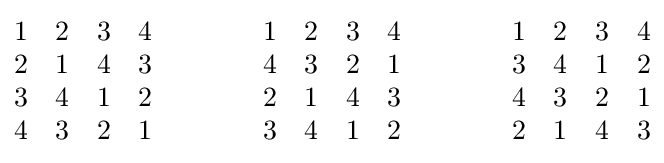
{\begin{matrix}1&2&3&4\\2&1&4&3\\3&4&1&2\\4&3&2&1\end{matrix}}\qquad \qquad {\begin{matrix}1&2&3&4\\4&3&2&1\\2&1&4&3\\3&4&1&2\end{matrix}}\qquad \qquad {\begin{matrix}1&2&3&4\\3&4&1&2\\4&3&2&1\\2&1&4&3\end{matrix}}